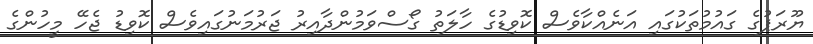
ޔޫރަޕުގެ ގައުމުތަކުގައި އަނެއްކާވެސް ކޮވިޑުގެ ހާލަތު ގޯސްވަމުންދާއިރު ޖަރުމަނުގައިވެސް ކޮވިޑު ޖެހޭ މީހުންގެ